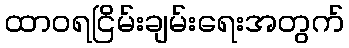
ထာဝရငြိမ်းချမ်းရေးအတွက်